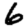
Digit: 6